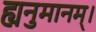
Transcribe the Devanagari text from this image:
ह्यनुमानम्।